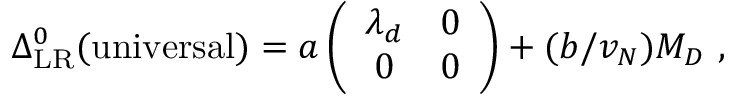
\Delta _ { \mathrm { L R } } ^ { 0 } ( \mathrm { u n i v e r s a l } ) = a \left( \begin{array} { c c } { { \lambda _ { d } } } & { { 0 } } \\ { { 0 } } & { { 0 } } \end{array} \right) + ( b / v _ { N } ) { \cal M } _ { \cal D } ~ ,